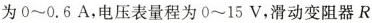
为0~0.6A，电压表量程为0~15V，滑动变阻器R